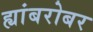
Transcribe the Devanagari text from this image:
ह्यांबरोबर